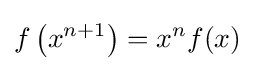
f\left(x^{n+1}\right)=x^{n}f(x)